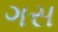
ગસ